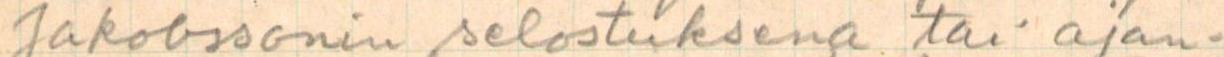
Jakobssonin selostuksena tai ajan-